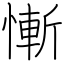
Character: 慚